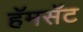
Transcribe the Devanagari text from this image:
हॅमसॅट